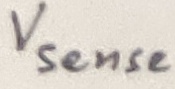
Text: Vsense